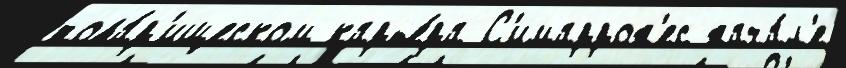
това́р'ищеском карье́ра С'имаррон'ес нача́л'е